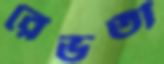
রেভতী